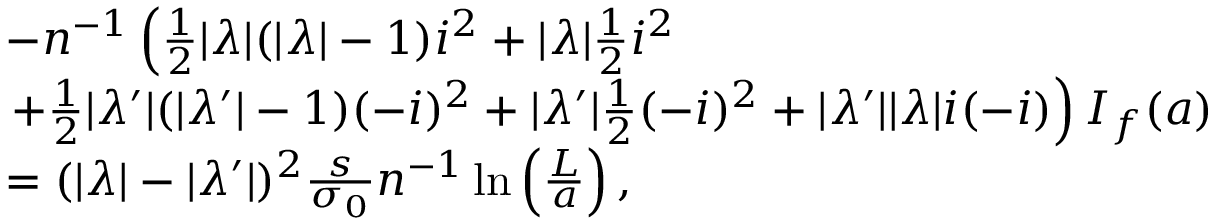
\begin{array} { r l } & { - n ^ { - 1 } \left( \frac 1 2 | \lambda | ( | \lambda | - 1 ) i ^ { 2 } + | \lambda | \frac 1 2 i ^ { 2 } \right. } \\ & { \left. + \frac 1 2 | \lambda ^ { \prime } | ( | \lambda ^ { \prime } | - 1 ) ( - i ) ^ { 2 } + | \lambda ^ { \prime } | \frac 1 2 ( - i ) ^ { 2 } + | \lambda ^ { \prime } | | \lambda | i ( - i ) \right) I _ { f } { ( a ) } } \\ & { = ( | \lambda | - | \lambda ^ { \prime } | ) ^ { 2 } \frac { s } { \sigma _ { 0 } } n ^ { - 1 } \ln \left( \frac { L } { a } \right) , } \end{array}